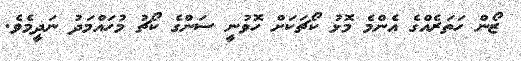
ޒޯން ހަތަރެއްގެ އެންމެ މޮޅު ކޯޗަކަށް ހޮވުނީ ސަންގެ ކޯޗު މުހައްމަދު ނަދީމެވެ.